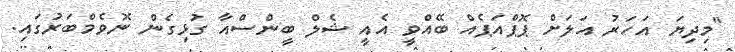
"މިދިޔަ އަހަރު އަލަށް ޕޮޕްއަޕެއް ބޭއްވީ އެއީ ޝެލް ބީންސްއާ ގުޅިގެން ނޮވެމްބަރުގައި.